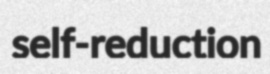
self-reduction